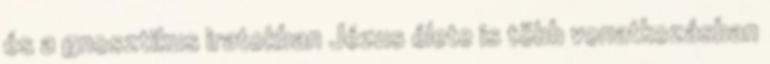
és a gnosztikus iratokban Jézus élete is több vonatkozásban